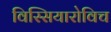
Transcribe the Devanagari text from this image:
विस्सियारोविच